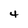
Character: 4